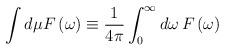
LaTeX: \begin{align*}\int d\mu F\left( \omega \right)\equiv\frac{1}{4{\pi}}\int_0^{\infty}d\omega\, F\left(\omega \right)\end{align*}